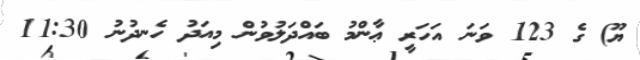
ޔޫ) ގެ 123 ވަނަ އަހަރީ ޢާންމު ބައްދަލުވުން މިއަދު ހެނދުނު 11:30